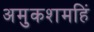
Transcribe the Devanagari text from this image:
अमुकशमहिं